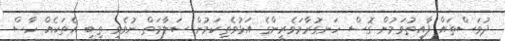
ދުވަސްތައް ފާއިތުވަމުން ގޮސް ހަނގުރާމަވެރީންގެ އަޅުވެތިކަމުން ސަލާމަތް ނުވެވި ތިބި އެތަކެއް ހާސް